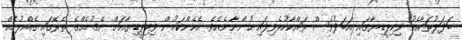
ބަދަލުތަކާއެކު ވިކިޕީޑިޔާގައި އަބަދުވެސް ރައްކާކުރެވިފައި ހުންނާނެއެވެ. އެހެންކަމުން ވިކިޕީޑިޔާއަށް ނޭގުމެއްގެ ތެރޭގައި ގެއްލުމެއް